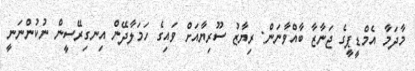
މާދަމާ އެމްޑީޕީގެ ޖަނާޒާ ބާއްވާނަން: ރިޔާޒު ސޫރިޔާއަށް ވައިގެ ހަމަލާދޭން އިނގިރޭސީން ނުކުންނަނީ